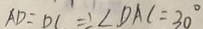
A D = D C \Rightarrow \angle D A C = 3 0 ^ { \circ }